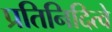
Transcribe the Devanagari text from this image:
प्रतिनिदित्वे